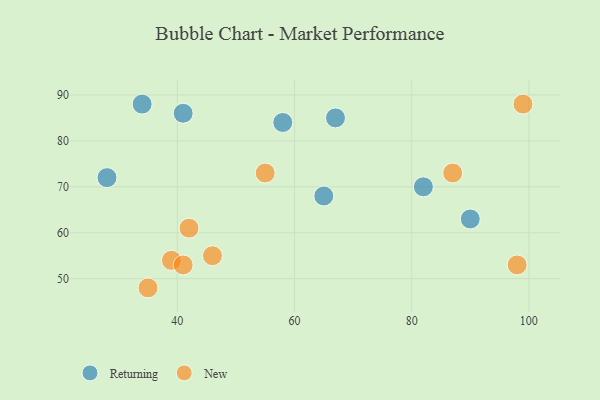
{"axis": {"x": "GDP", "y": "Life Expectancy"}, "legend": ["New", "Returning"], "data": [{"x": "34", "y": 88, "type": "Returning"}, {"x": "67", "y": 85, "type": "Returning"}, {"x": "65", "y": 68, "type": "Returning"}, {"x": "82", "y": 70, "type": "Returning"}, {"x": "41", "y": 86, "type": "Returning"}, {"x": "28", "y": 72, "type": "Returning"}, {"x": "58", "y": 84, "type": "Returning"}, {"x": "90", "y": 63, "type": "Returning"}, {"x": "98", "y": 53, "type": "New"}, {"x": "42", "y": 61, "type": "New"}, {"x": "39", "y": 54, "type": "New"}, {"x": "46", "y": 55, "type": "New"}, {"x": "99", "y": 88, "type": "New"}, {"x": "35", "y": 48, "type": "New"}, {"x": "55", "y": 73, "type": "New"}, {"x": "87", "y": 73, "type": "New"}, {"x": "41", "y": 53, "type": "New"}]}